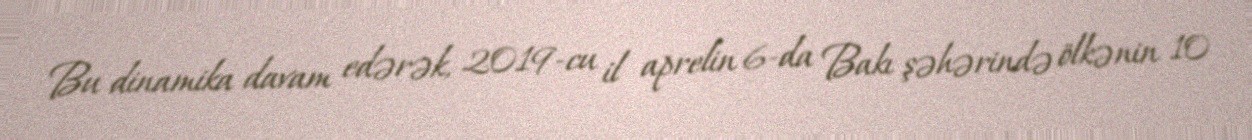
Bu dinamika davam edərək, 2019-cu il aprelin 6-da Bakı şəhərində ölkənin 10